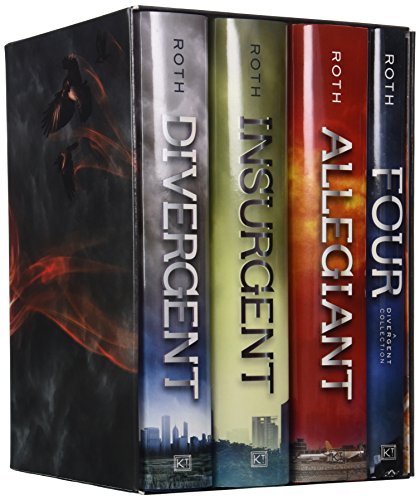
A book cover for Divergent Series Ultimate Four-Book Box Set: Divergent, Insurgent, Allegiant, Four; Veronica Roth; Teen & Young Adult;